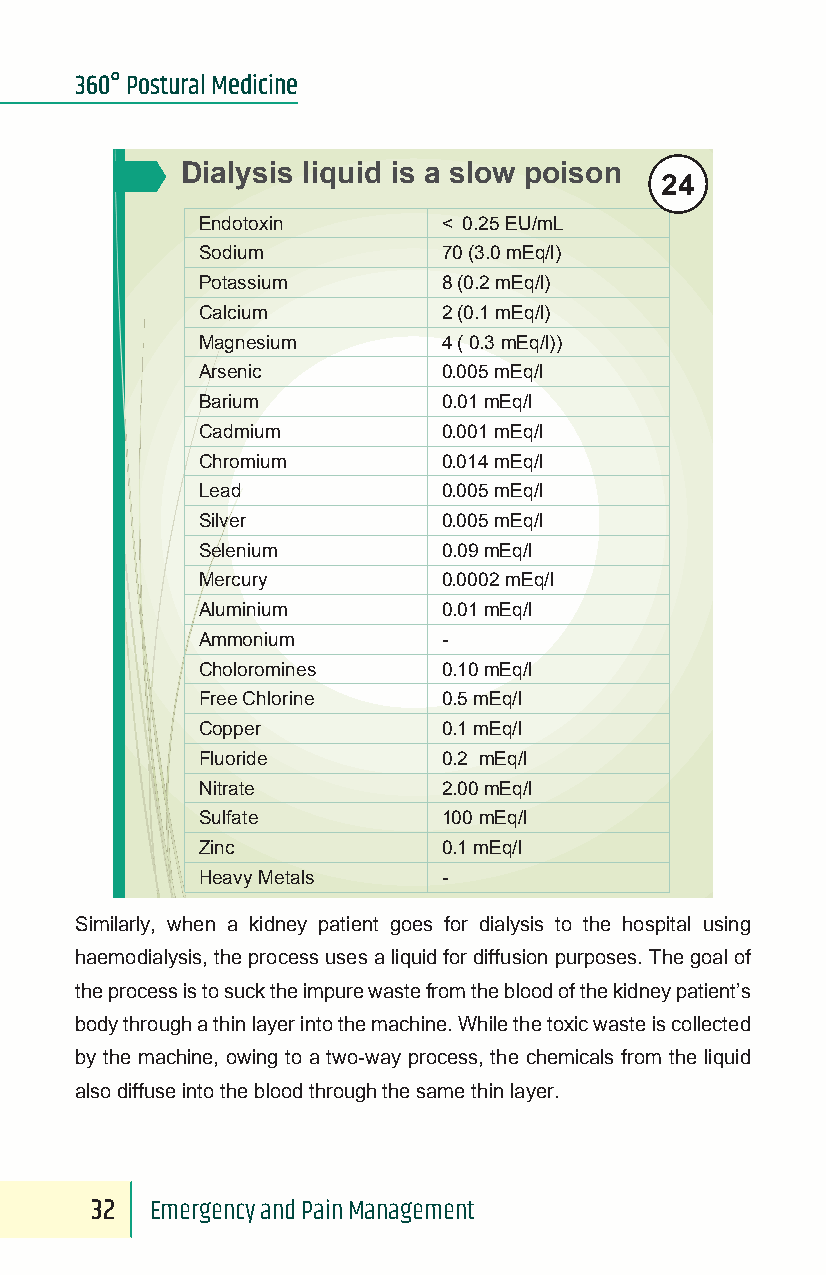
360° Postural Medicine
 Dialysis liquid is a slow poison 24
 Endotoxin       < 0.25 EU/mL
 Sodium          70 (3.0 mEq/l)
 Potassium       8 (0.2 mEq/l)
 Calcium         2 (0.1 mEq/l)
 Magnesium       4 ( 0.3 mEq/l))
 Arsenic         0.005 mEq/l
 Barium          0.01 mEq/l
 Cadmium         0.001 mEq/l
 Chromium        0.014 mEq/l
 Lead            0.005 mEq/l
 Silver          0.005 mEq/l
 Selenium        0.09 mEq/l
 Mercury         0.0002 mEq/l
 Aluminium       0.01 mEq/l
 Ammonium        -
 Choloromines    0.10 mEq/l
 Free Chlorine   0.5 mEq/l
 Copper          0.1 mEq/l
 Fluoride        0.2 mEq/l
 Nitrate         2.00 mEq/l
 Sulfate         100 mEq/l
 Zinc            0.1 mEq/l
 Heavy Metals    -
 Similarly, when a kidney patient goes for dialysis to the hospital using
 haemodialysis, the process uses a liquid for diffusion purposes. The goal of
 the process is to suck the impure waste from the blood of the kidney patient’s
 body through a thin layer into the machine. While the toxic waste is collected
 by the machine, owing to a two-way process, the chemicals from the liquid
 also diffuse into the blood through the same thin layer.
 32  Emergency and Pain Management